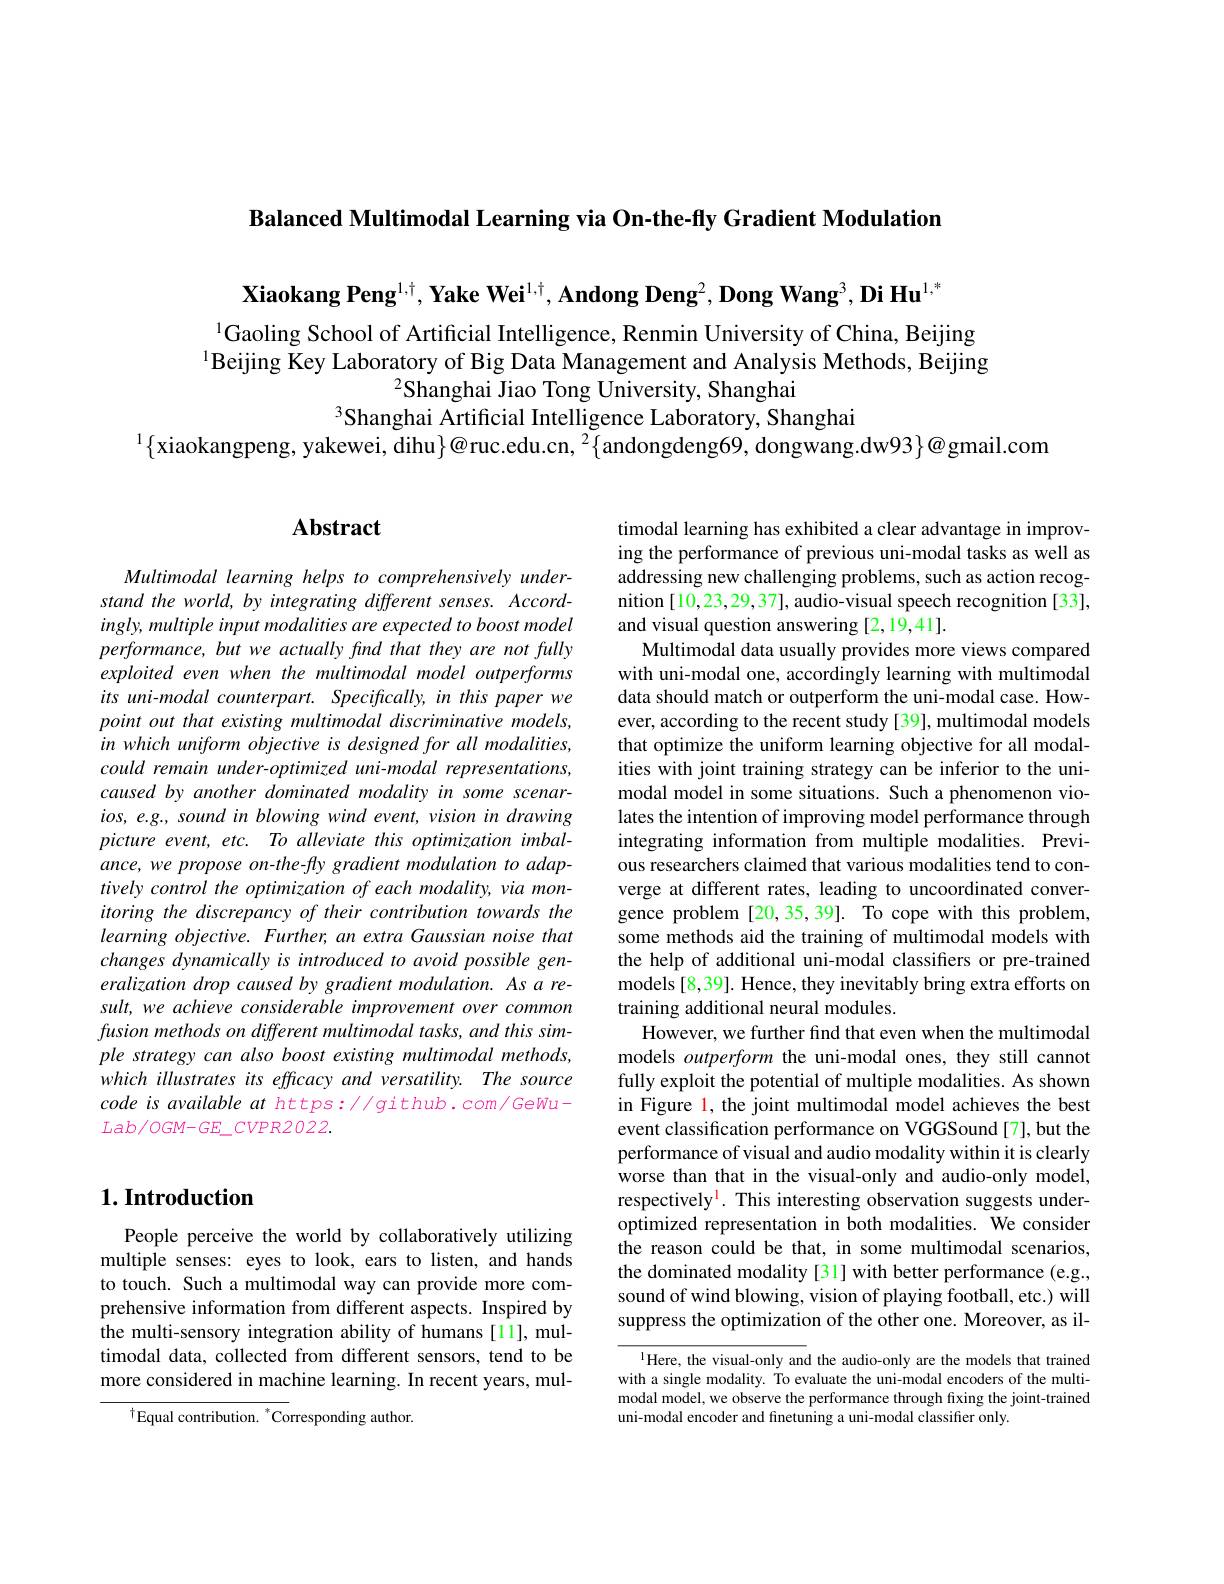
Balanced Multimodal Learning via On-the-fly Gradient Modulation

Xiaokang Peng$^{1,\dagger},\textbf{Yake Wei}^{1,\dagger},\textbf{Andong Deng}^2,\textbf{Dong Wang}^3,\textbf{Di Hu}^{1,*}$

$^{1}$Gaoling School of Artificial Intelligence, Renmin University of China, Beijing $^{1}$Beijing Key Laboratory of Big Data Management and Analysis Methods, Beijing
$^{2}$Shanghai Jiao Tong University, Shanghai
Shanghai Artificial Intelligence Laboratory, Shanghai
$^{1}\{$xiaokangpeng, yakewei, dihu$\}@$ruc.edu.cn, $^2\{\bar{\text{andongdeng}69},\bar{\text{dongwang.dw}93}\}@$gmail.com

## $1. \textbf{Introduction}$

People perceive the world by collaboratively utilizing multiple senses: eyes to look, ears to listen, and hands to touch. Such a multimodal way can provide more comprehensive information from different aspects. Inspired by the multi-sensory integration ability of humans [11], multimodal data, collected from different sensors, tend to be more considered in machine learning. In recent years, mul-

$^{\dagger}$Equal contribution. $^*$Corresponding author

# Abstract

Multimodal learning helps to comprehensively understand the world, by integrating different senses. Accordingly, multiple input modalities are expected to boost model performance, but we actually find that they are not fully exploited even when the multimodal model outperforms its uni-modal counterpart. Specifically, in this paper we $point\textit{ out that existing multimodal discriminative models, }$ in which uniform objective is designed for all modalities, could remain under-optimized uni-modal representations, caused by another dominated modality in some scenar- $ios,e.g.,soundinblowingwindevent,visionindrawing$ picture event, etc. To alleviate this optimization imbalance, we propose on-the-fly gradient modulation to adaptively control the optimization of each modality, via monitoring the discrepancy of their contribution towards the learning objective. Further, an extra Gaussian noise that changes dynamically is introduced to avoid possible generalization drop caused by gradient modulation. As a result, we achieve considerable improvement over common fusion methods on different multimodal tasks, and this simple strategy can also boost existing multimodal methods, which illustrates its efficacy and versatility. The source code is available at https://github.com/GeWu- $Lab/OGM-GE\_CVPR2022.$

timodal learning has exhibited a clear advantage in improving the performance of previous uni-modal tasks as well as addressing new challenging problems, such as action recognition [10,23,29,37], audio-visual speech recognition [33], and visual question answering [2,19,41].
Multimodal data usually provides more views compared with uni-modal one, accordingly learning with multimodal data should match or outperform the uni-modal case. However, according to the recent study [39], multimodal models that optimize the uniform learning objective for all modalities with joint training strategy can be inferior to the unimodal model in some situations. Such a phenomenon violates the intention of improving model performance through integrating information from multiple modalities. Previous researchers claimed that various modalities tend to converge at different rates, leading to uncoordinated convergence problem [20,35,39]. To cope with this problem, some methods aid the training of multimodal models with the help of additional uni-modal classifiers or pre-trained models [8,39]. Hence, they inevitably bring extra efforts on training additional neural modules.
However, we further find that even when the multimodal models outperform the uni-modal ones, they still cannot fully exploit the potential of multiple modalities. As shown in Figure l, the joint multimodal model achieves the best event classification performance on VGGSound[7], but the performance of visual and audio modality within it is clearly worse than that in the visual-only and audio-only model, respectively$^{\mathrm{l}}.$ This interesting observation suggests underoptimized representation in both modalities. We consider the reason could be that, in some multimodal scenarios, the dominated modality [31] with better performance (e.g., sound of wind blowing, vision of playing football, etc.) will suppress the optimization of the other one. Moreover, as il-
$^{1}$Here, the visual-only and the audio-only are the models that trained

with a single modality. To evaluate the uni-modal encoders of the multimodal model, we observe the performance through fixing the joint-trained uni-modal encoder and finetuning a uni-modal classifier only.